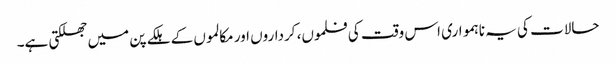
حالات کی یہ ناہمواری اس وقت کی فلموں، کرداروں اور مکالموں کے ہلکے پن میں جھلکتی ہے۔